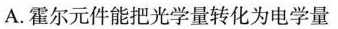
A.霍尔元件能把光学量转化为电学量